Leaving Certificate, 1898
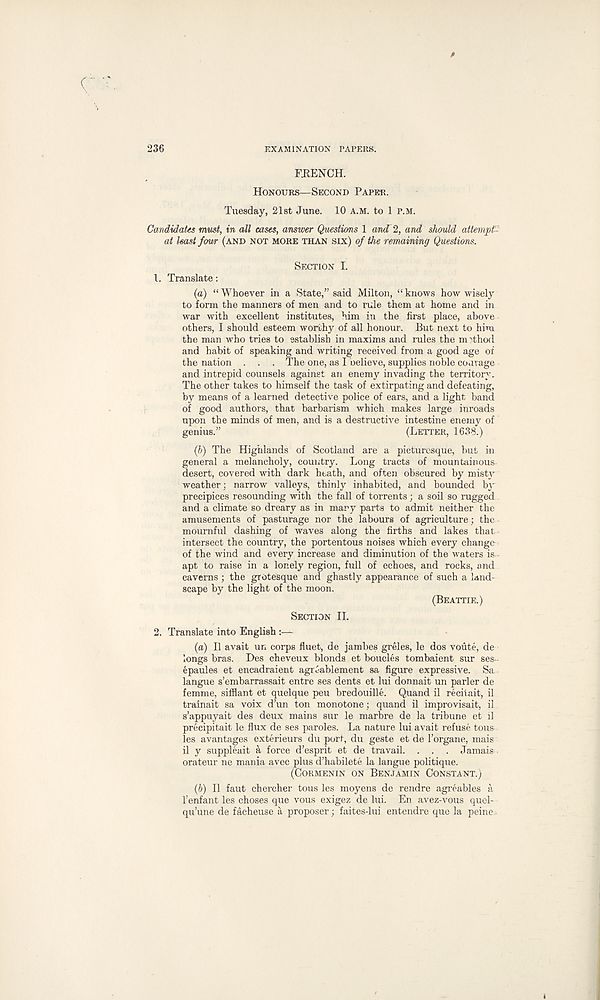
236
EXAMINATION TAPERS.
FRENCH.
HONOURS—SECOND PAPER.
Tuesday, 21st June. 10 A.M. to 1 P.M.
Candidates must, in all cases, answer Questions 1 and 2, and should attempt-
at least four (AND NOT MORE THAN SIX) of the remaining Questions.
SECTION I.
1. Translate:
(a) “Whoever in a State,” said Milton, “knows how wisely
to form the manners of men and to rule them at home and in
war with excellent institutes, him in the first place, above
others, I should esteem worthy of all honour. But next to him
the man who tries to establish in maxims and rules the method
and habit of speaking and writing received from a good age of
the nation . . . The one, as I believe, supplies noble courage
and intrepid counsels against an enemy invading the territory.
The other takes to himself the task of extirpating and defeating,
by means of a learned detective police of ears, and a light band
of good authors, that barbarism which makes large inroads
upon the minds of men, and is a destructive intestine enemy of
genius.”
(LETTER, 1638.)
(b) The Highlands of Scotland are a picturesque, but in
general a melancholy, country. Long tracts of mountainous-
desert, covered with dark heath, and often obscured by misty
weather; narrow valleys, thinly inhabited, and bounded by
precipices resounding with the fall of torrents; a soil so rugged
and a climate so dreary as in many parts to admit neither the
amusements of pasturage nor the labours of agriculture; the
mournful dashing of waves along the firths and lakes that
intersect the country, the portentous noises which every change
of the wind and every increase and diminution of the waters is- .
apt to raise in a lonely region, full of echoes, and rocks, and
caverns ; the grotesque and ghastly appearance of such a land-
scape by the light of the moon.
(BEATTIE.)
SECTION II.
2. Translate into English :—
(a) II avait un corps fluet, de jambes greles, le dos voute, de
longs bras. Des cheveux blonds et boucles tombaient sur ses~
epaules et encadraient agriablement sa figure expressive. Sa
langue s’embarrassait entre ses dents et lui donnait un parler de
femme, sifflant et quelque peu bredouille. Quand il recitait, il
trainait sa voix d’un ton monotone; quand il improvisait, il
s’appuyait des deux mains sur le marbre de la tribune et il
precipitait le flux de ses paroles. La nature lui avait refuse tous
les avantages exterieurs du port, du geste et de 1’organe, mais
il y suppleait a force d’esprit et de travail. . . . Jamais
orateur ne mania avec plus d’habilete la langue politique.
(CORMENIN ON BENJAMIN CONSTANT.)
(b) Il faut chercher tous les moyens de rendre agreables a
Tenfant les choses que vous exigez de lui. En avez-vous quel-
qu’une de facheuse a proposer; faites-lui entendre que la peine